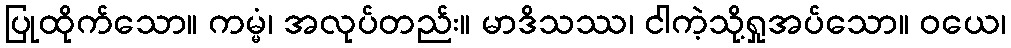
ပြုထိုက်သော။ ကမ္မံ၊ အလုပ်တည်း။ မာဒိသဿ၊ ငါကဲ့သို့ရှုအပ်သော။ ဝယေ၊